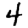
Digit: 4